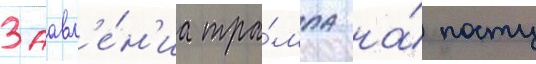
Заавл'е́н'иа тра́мпа на́ посту